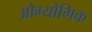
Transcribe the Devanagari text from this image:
औग्योगिक